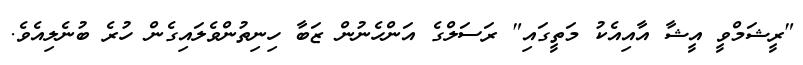
"ރީޝަމްވީ އީޝާ އާއިއެކު މަތީގައި" ރަސަލްގެ އަންހެނުން ޒަބާ ހިނިތުންވެލައިގެން ހުރެ ބުނެލިއެވެ.